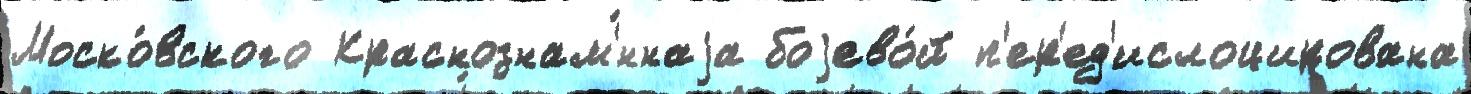
Моско́вского Краснознам'́ннаjа боjево́й п'ер'ед'ислоцирована